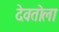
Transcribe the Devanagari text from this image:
देवतोला